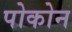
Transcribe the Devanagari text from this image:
पोकोन